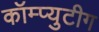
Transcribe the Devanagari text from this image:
कॉम्प्युटीग